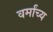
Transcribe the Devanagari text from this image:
वर्मांच्य